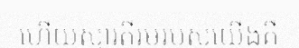
ហើយស្មារតីរួមរបស់យើងគឺ